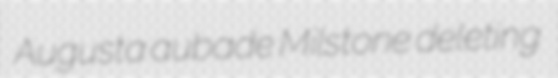
Augusta aubade Milstone deleting